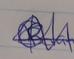
Signature authenticity: genuine